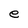
Character: e